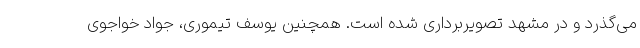
می‌گذرد و در مشهد تصویربرداری شده است. همچنین یوسف تیموری، جواد خواجوی